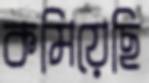
কমিয়েছি